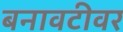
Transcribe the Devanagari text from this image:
बनावटीवर